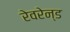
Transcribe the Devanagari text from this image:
रेवरेन्ड